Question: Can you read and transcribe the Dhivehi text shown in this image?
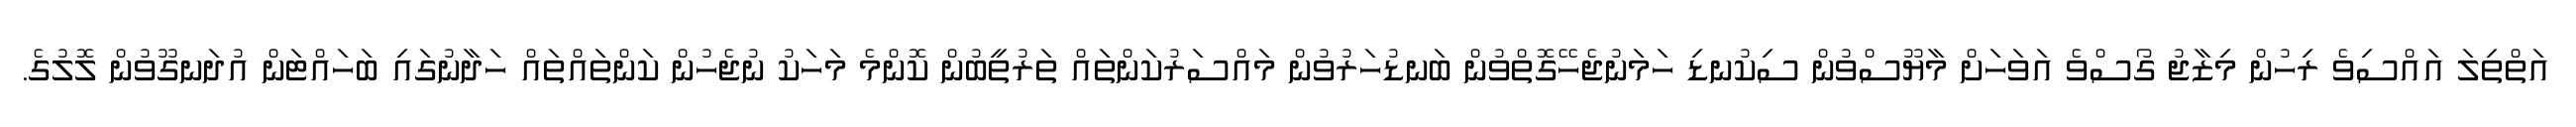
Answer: އަތްތިލަ އައްސިވެ ރިހުން މިޒާޖު ގޯސްވެ އަވަހަށް މާޔޫސްވުން ސިކުނޑި ހަމަނުޖެހޭގޮތްވުން ބަނޑުހަރުވުން މައްސަރުކަންތައް ތަރުތީބުން ކޮންމެ މަހަކު ނުޖެހުން ކަންތައްތައް ހަދާނުގައި ބަހައްޓަން އުދަނގޫވުން ލޮލުގެ.